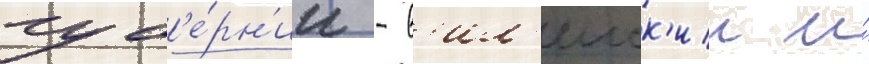
губ'е́рн'ии - в'ил'еиск'ии и́